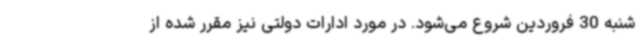
شنبه 30 فروردین شروع می‌شود. در مورد ادارات دولتی نیز مقرر شده از